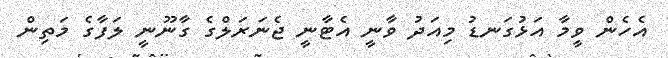
އެހެން ވީމާ އަޅުގަނޑު މިއަދު ވާނީ އެޓާނީ ޖެނަރަލްގެ ގާނޫނީ ލަފާގެ މަތިން